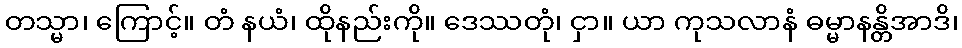
တသ္မာ၊ ကြောင့်။ တံ နယံ၊ ထိုနည်းကို။ ဒေဿတုံ၊ ငှာ။ ယာ ကုသလာနံ ဓမ္မာနန္တိအာဒိ၊